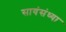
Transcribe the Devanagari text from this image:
सायंसंध्या